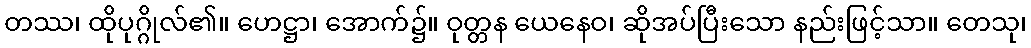
တဿ၊ ထိုပုဂ္ဂိုလ်၏။ ဟေဋ္ဌာ၊ အောက်၌။ ဝုတ္တန ယေနေဝ၊ ဆိုအပ်ပြီးသော နည်းဖြင့်သာ။ တေသု၊